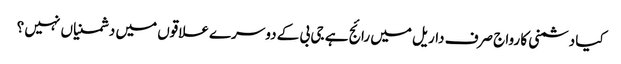
کیا دشمنی کا رواج صرف داریل میں رائج ہے جی بی کے دوسرے علاقوں میں دشمنیاں نہیں ؟